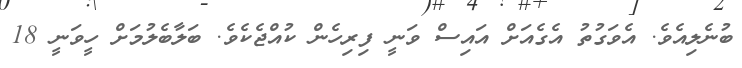
ބުނެލިއެވެ. އެވަގުތު އެގެއަށް އައިސް ވަނީ ފިރިހެން ކުއްޖެކެވެ. ބަލާބެލުމަށް ހީވަނީ 18